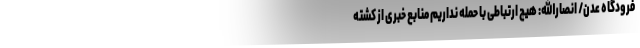
فرودگاه عدن/ انصارالله: هیچ ارتباطی با حمله نداریم منابع خبری از کشته